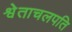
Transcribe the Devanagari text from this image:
श्वेताचलपति